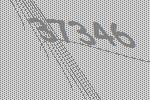
37346